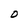
Character: D